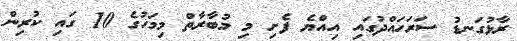
ރާޅުގަނޑު ސަރަހައްދުގައި އިއްޔެ ފެށި މި މުބާރާތް މިމަހުގެ 10 ގައި ކުރިން